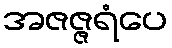
အဇဇ္ဇရံပေ